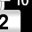
Digit: 2